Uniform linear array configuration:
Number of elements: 24
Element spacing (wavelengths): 0.25
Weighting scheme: binomial
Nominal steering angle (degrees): -60
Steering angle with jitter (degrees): -60.502
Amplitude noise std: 0.05
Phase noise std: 0.05

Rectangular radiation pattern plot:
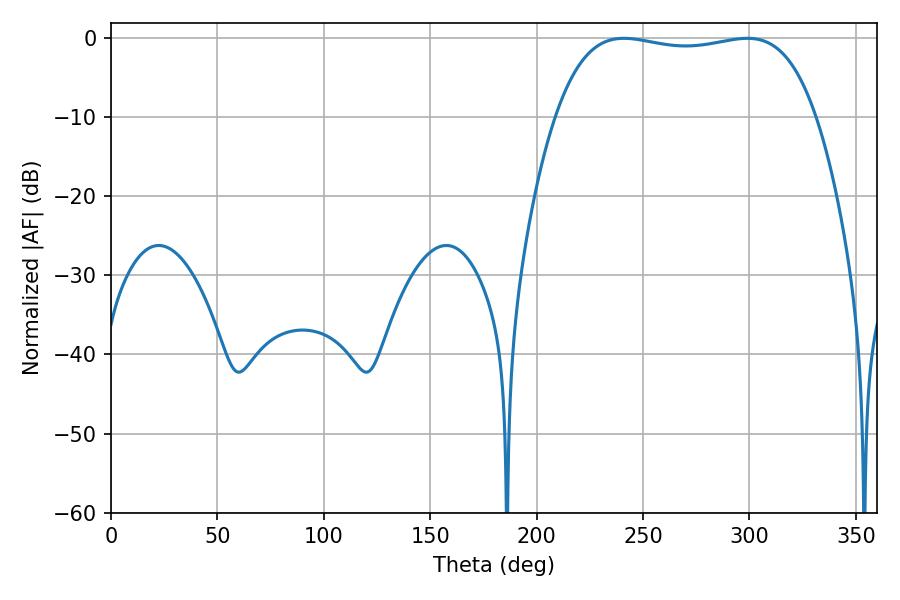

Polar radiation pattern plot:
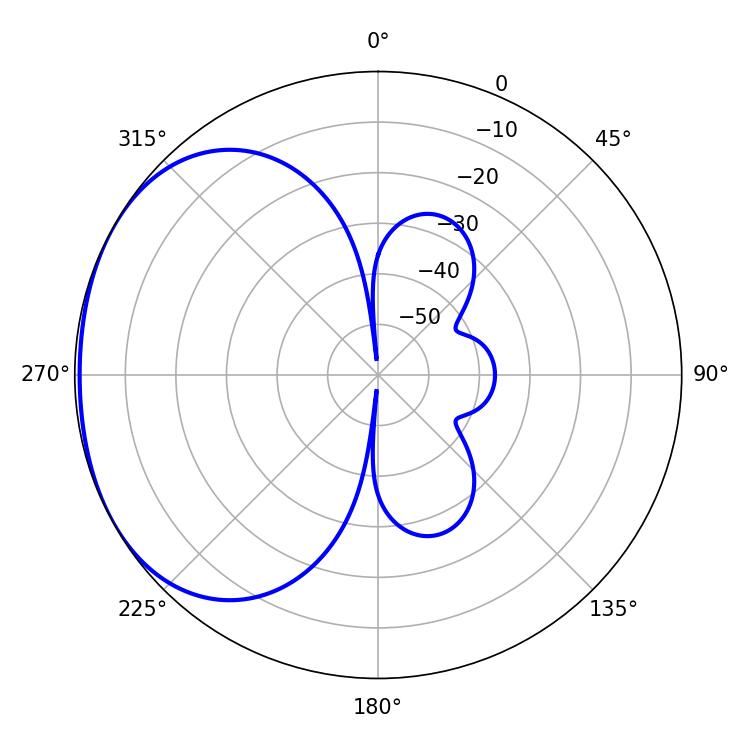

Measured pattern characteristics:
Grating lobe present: FALSE
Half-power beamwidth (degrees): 97.92
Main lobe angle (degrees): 241.02